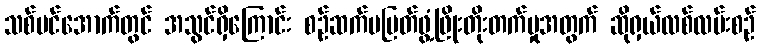
သစ်ပင်အောက်တွင် အသွင်ရှိကြောင်း စဉ်ဆက်မပြတ်ဖွံ့ဖြိုးတိုးတက်မှုအတွက် ဆိုရှယ်လစ်လမ်းစဉ်